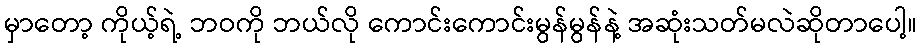
မှာတော့ ကိုယ့်ရဲ့ ဘဝကို ဘယ်လို ကောင်းကောင်းမွန်မွန်နဲ့ အဆုံးသတ်မလဲဆိုတာပေါ့။